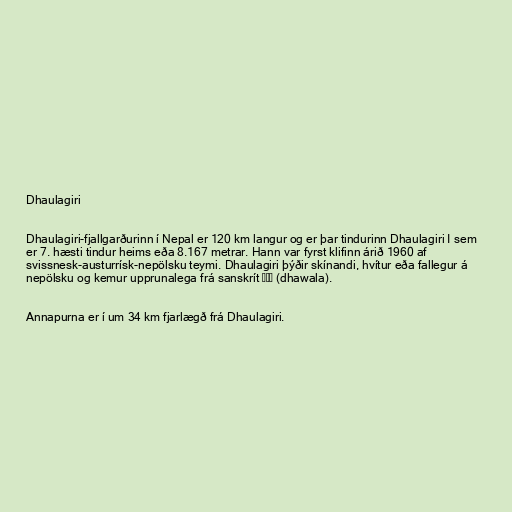
Dhaulagiri

Dhaulagiri-fjallgarðurinn í Nepal er 120 km langur og er þar tindurinn Dhaulagiri I sem
er 7. hæsti tindur heims eða 8.167 metrar. Hann var fyrst klifinn árið 1960 af
svissnesk-austurrísk-nepölsku teymi. Dhaulagiri þýðir skínandi, hvítur eða fallegur á
nepölsku og kemur upprunalega frá sanskrít धवल (dhawala).

Annapurna er í um 34 km fjarlægð frá Dhaulagiri.